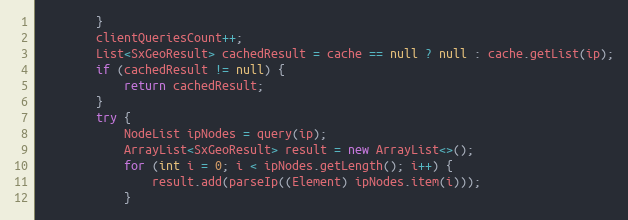
Language: Java
        }
        clientQueriesCount++;
        List<SxGeoResult> cachedResult = cache == null ? null : cache.getList(ip);
        if (cachedResult != null) {
            return cachedResult;
        }
        try {
            NodeList ipNodes = query(ip);
            ArrayList<SxGeoResult> result = new ArrayList<>();
            for (int i = 0; i < ipNodes.getLength(); i++) {
                result.add(parseIp((Element) ipNodes.item(i)));
            }